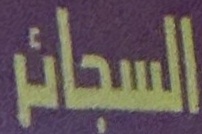
السجائر